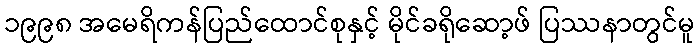
၁၉၉၈ အမေရိကန်ပြည်ထောင်စုနှင့် မိုင်ခရိုဆော့ဖ် ပြဿနာတွင်မူ